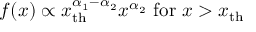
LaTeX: f ( x ) \propto x _ { \mathrm { t h } } ^ { \alpha _ { 1 } - \alpha _ { 2 } } x ^ { \alpha _ { 2 } } { \mathrm { ~ f o r ~ } } x > x _ { \mathrm { t h } }